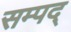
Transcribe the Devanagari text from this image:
सम्पद्